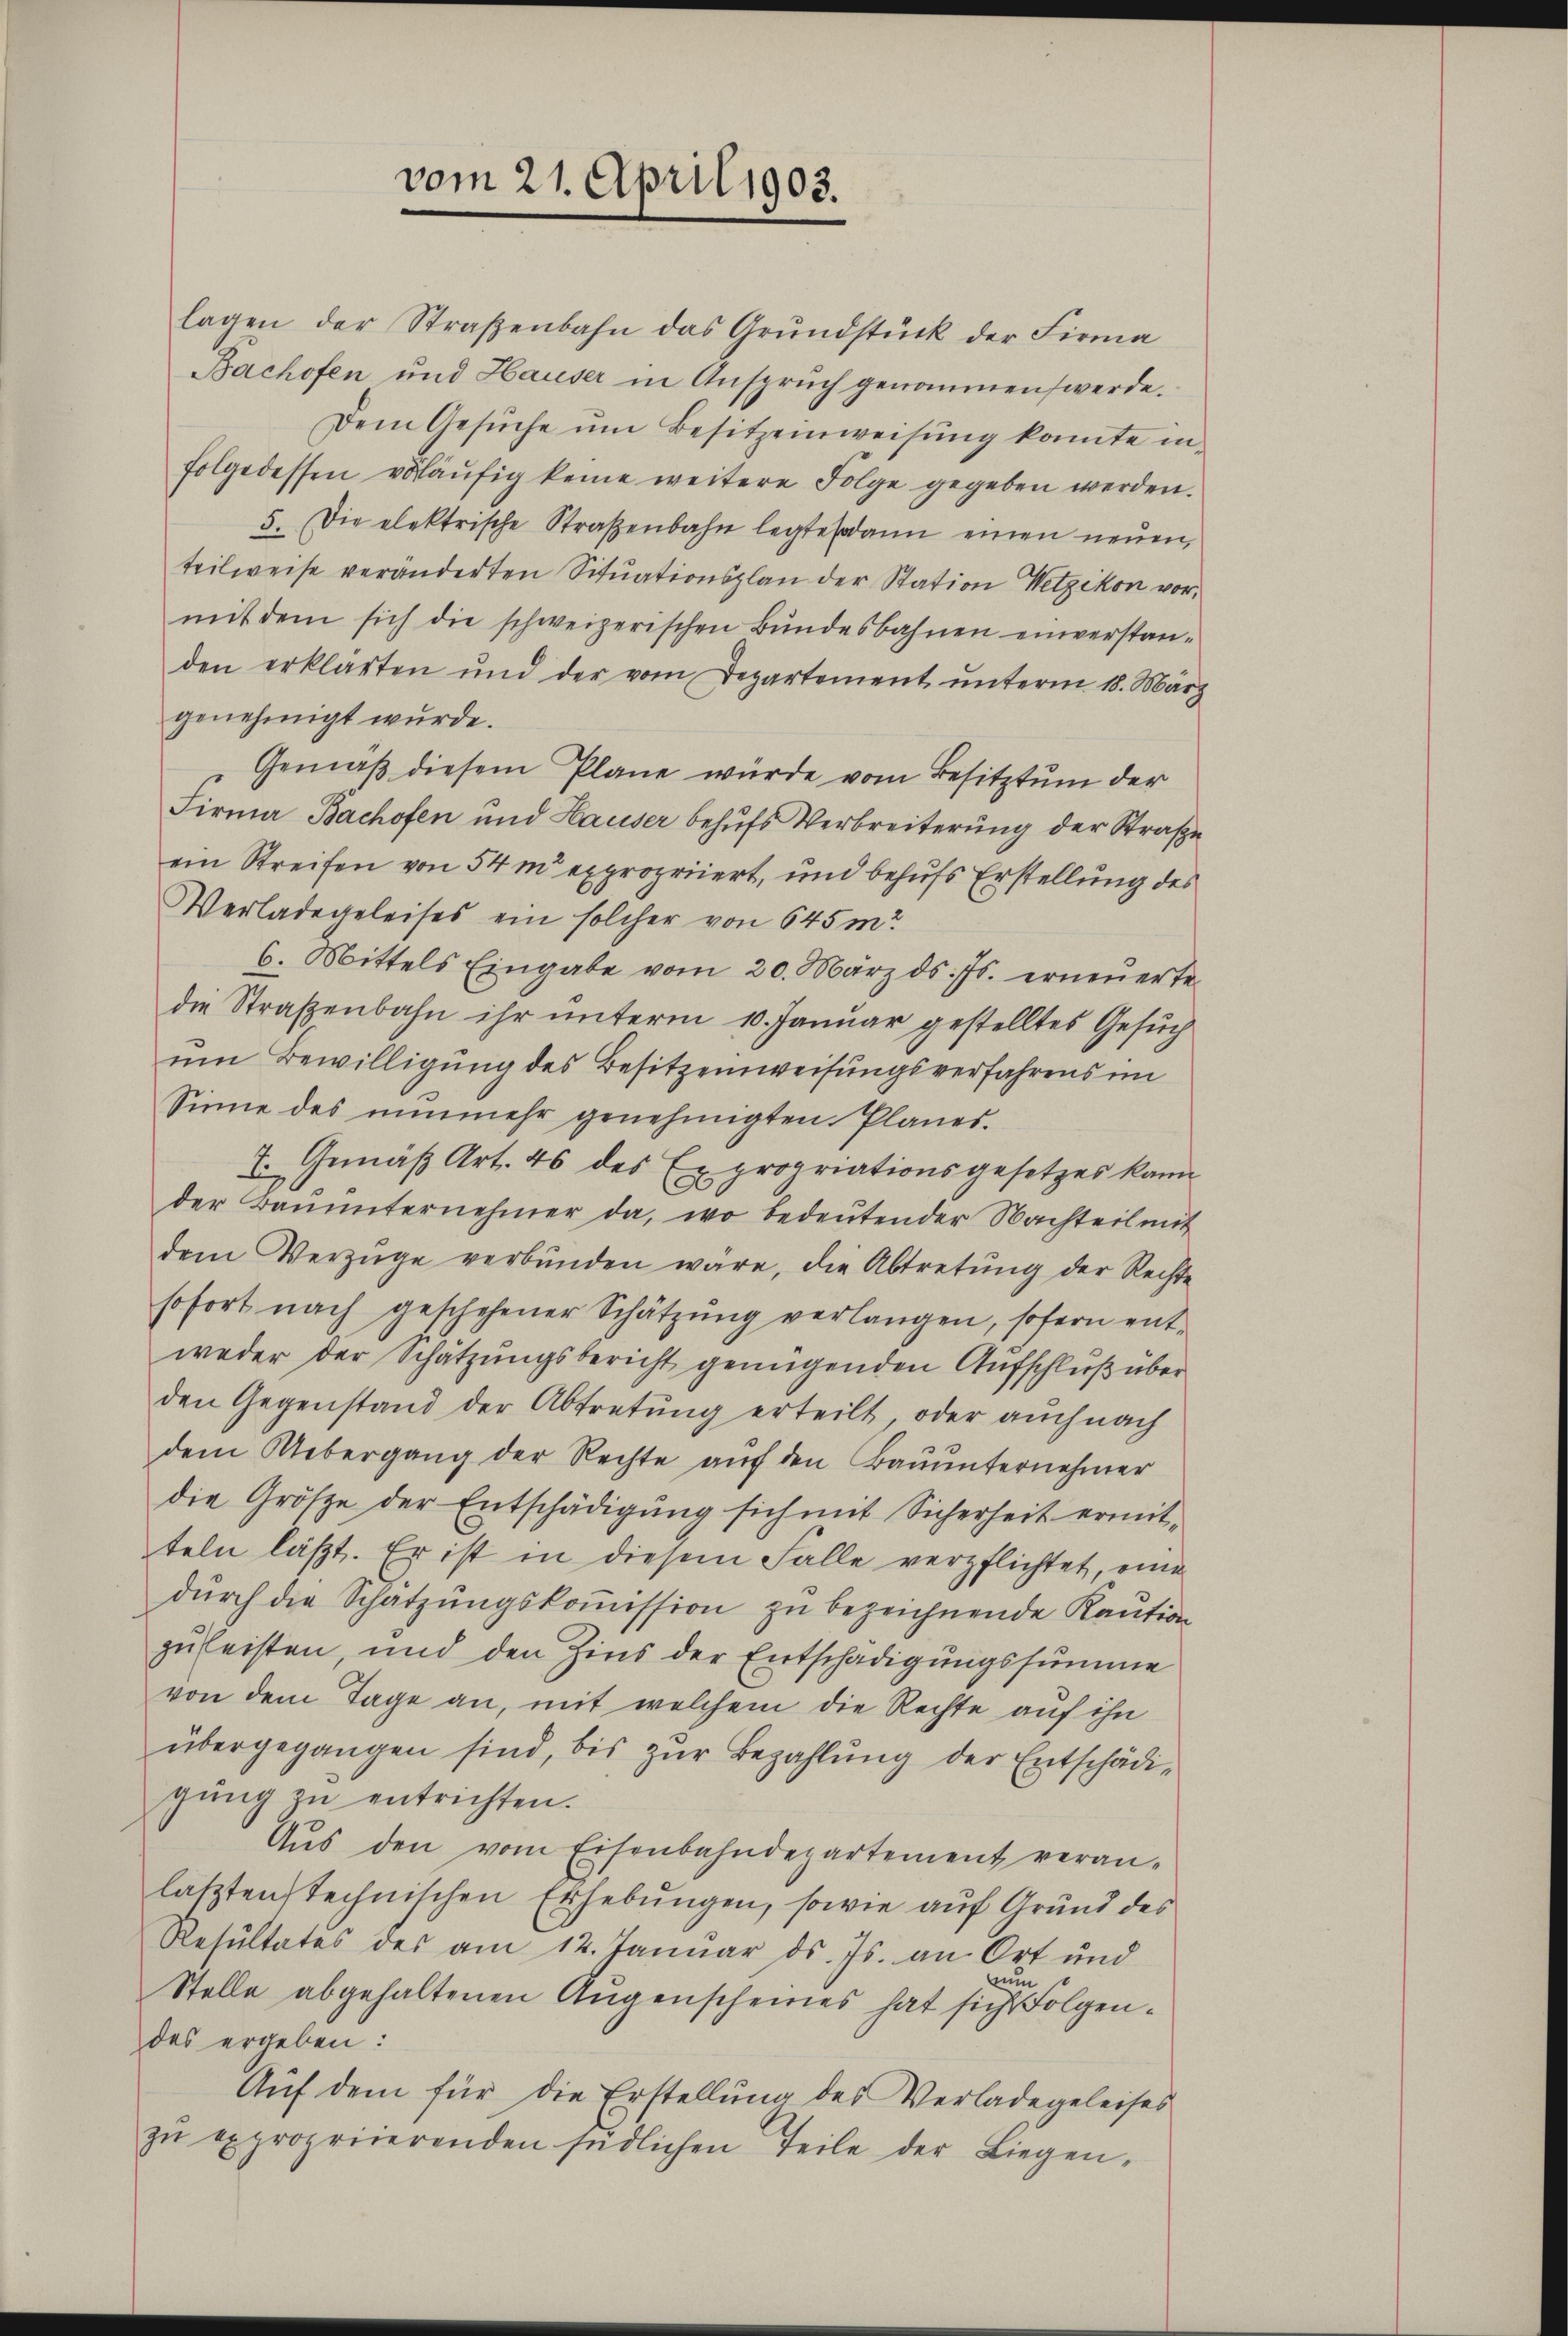
Bachofen und Hauser in Anspruch genommen werde.
Dem Gesŭche ŭm Besitzeinweisung konnte in-
folge dessen vorläŭfig keine weitere Folge gegeben werden.
5. Die elektrische Straβenbahn legte sodann einen neŭen
teilweise veränderten Situationsplan der Station Wetzikon vormit dem sich die schweizerischen Bundesbahnen einverstan-
den erklärten und der vom Departement ŭnterm 18. März
genehmigt wurde.
Gemäß diesem Plane würde vom Besitztum der
Firma Bachofen und Hauser behufs Verbreiterung der Straße
ein Streifen von 54 m expropriiert, und behufs Erstellung des
Verladegeleises ein solcher von 645 m?
6. Mittels Eingabe vom 20. März d. Js. erneuerte
die Straßenbahn ihr unterm 10. Januar gestelltes Gesuch
um Bewilligung des Besitzenweisungsverfahrens im
Sinne des nŭnmehr genehmigten Planes.
T. Gemäß Art. 46 des Expropriationsgesetzes kann
(
der Banŭnternehmer da, wo bedeŭtender Nachteil mit
dem Verzüge verbunden wäre, die Abtretŭng der Rechte
sofort nach geschehener Schätzung verlangen, sofern entweder der Schätzungsbericht genügenden Aufschluß über
den Gegenstand der Abtretung erteilt, oder auch nach
dem Uebergang der Rechte auf den Bauunternehmer
die Größe der Entschädigŭng sich mit Sicherheit ermitteln läßt. Er ist in diesem Falle verpflichtet, eine
dŭrch die Schatzŭngskoṁission zŭ bezeichnende Kaution
zuleisten, und den Zins der Entschädigungssumme
von dem Tage an, mit welchem die Rechte auf ihn
übergegangen sind, bis zur Bezahlung der Entschädigŭng in entrichten.
Aŭs den vom Eisenbahndepartement veran-
lasten technischen Erhebungen, sowie auf Grund des
Resŭltates des am 12. Januar ds. Js. an Ort und
nun
Stelle abgehaltenen Augenscheines hat sich Folgendes ergeben:
Aŭf dem für die Erstellŭng des Verlade geleises
zŭ expropriierenden südlichen Teile der Liegen-

vom 21. April 1903.

lagen der Straβenbahn das Grŭndstück der Firma